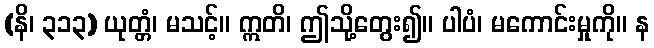
(နိ၊ ၃၁၃) ယုတ္တံ၊ မသင့်။ ဣတိ၊ ဤသို့တွေး၍။ ပါပံ၊ မကောင်းမှုကို။ န